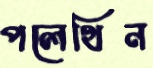
পলেথিন